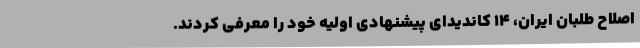
اصلاح طلبان ایران، ۱۴ کاندیدای پیشنهادی اولیه خود را معرفی کردند.